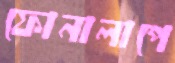
ফোনালাপে